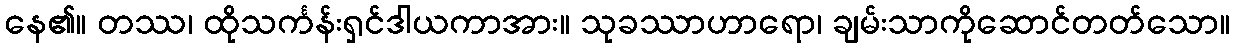
နေ၏။ တဿ၊ ထိုသင်္ကန်းရှင်ဒါယကာအား။ သုခဿာဟာရော၊ ချမ်းသာကိုဆောင်တတ်သော။